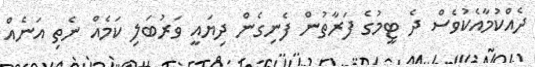
ދެއްކުމާއެކުވެސް ދެ ޓީމުގެ ފަރާތުން ފެނިގެން ދިޔައީ ވަރުބަލި ކަމެއް ނެތި އަނެއް